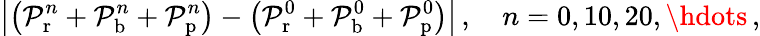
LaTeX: \left|\left(\mathcal P_{\mathrm{r}}^{n}+\mathcal P_{\mathrm{b}}^{n}+\mathcal P_{\mathrm{p}}^{n}\right)-\left(\mathcal P_{\mathrm{r}}^{0}+\mathcal P_{\mathrm{b}}^{0}+\mathcal P_{\mathrm{p}}^{0}\right)\right|\, ,\quad n=0,10,20,\hdots\, ,